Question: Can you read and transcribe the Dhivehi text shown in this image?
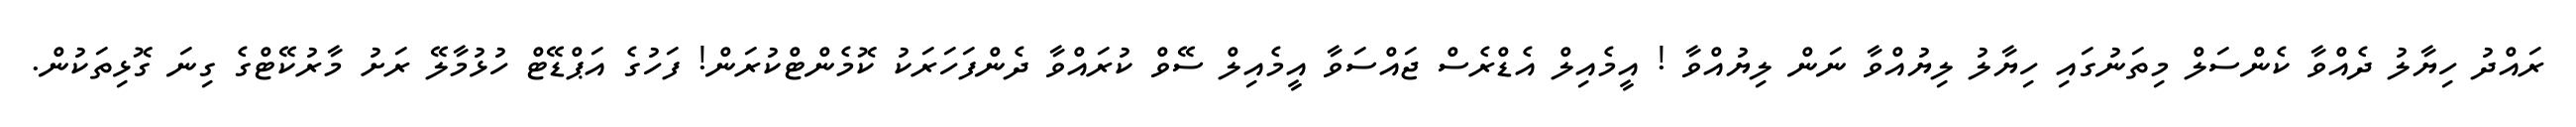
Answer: ރައްދު ހިޔާލު ދެއްވާ ކެންސަލް މިތަނުގައި ހިޔާލު ލިޔުއްވާ ނަން ލިޔުއްވާ ! އީމެއިލް އެޑްރެސް ޖައްސަވާ އީމެއިލް ސޭވް ކުރައްވާ ދެންފަހަރަކު ކޮމެންޓްކުރަން! ފަހުގެ އަޕްޑޭޓް ހުޅުމާލޭ ރަށު މާރުކޭޓްގެ ގިނަ ގޮޅިތަކުން.